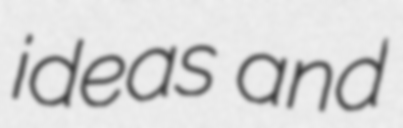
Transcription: ideas and